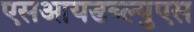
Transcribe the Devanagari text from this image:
एसआयडब्ल्युएस